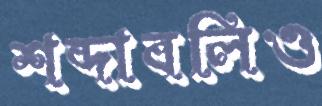
শব্দাবলিও